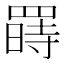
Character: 𱻇